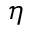
\eta